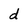
Character: d